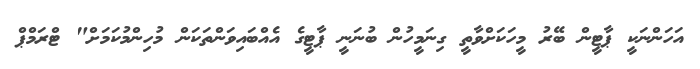
އަހަންނަކީ ޕާޓީން ބޭރު މީހަކަށްވާތީ ގިނަމީހުން ބުނަނީ ޕާޓީގެ އެއްބައިވަންތަކަން މުހިންމުކަމަށް" ޓްރަމްޕް